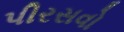
પીરસવો